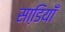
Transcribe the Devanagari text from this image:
साडि़याँ